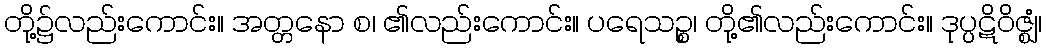
တို့၌လည်းကောင်း။ အတ္တနော စ၊ ၏လည်းကောင်း။ ပရေသဉ္စ၊ တို့၏လည်းကောင်း။ ဒုပ္ပဋိဝိဇ္ဈံ၊